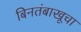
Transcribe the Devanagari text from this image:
बिनतंबाखूचा